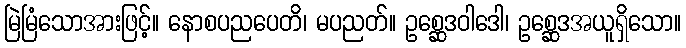
မြဲမြံသောအားဖြင့်။ နောစပညပေတိ၊ မပညတ်။ ဥစ္ဆေဒဝါဒေါ၊ ဥစ္ဆေဒအယူရှိသော။